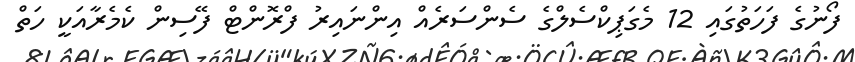
ފޯނުގެ ފަހަތުގައި 12 މެގަޕިކްސެލްގެ ސެންސަރެއް އިންނައިރު ފްރޮންޓް ފޭސިން ކެމެރާއަކީ ހަތް